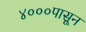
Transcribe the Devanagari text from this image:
४०००पासून